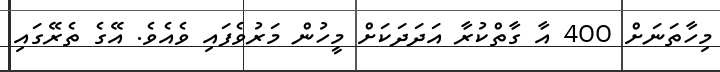
މިހާތަނަށް 400 އާ ގާތްކުރާ އަދަދަކަށް މީހުން މަރުވެފައި ވެއެވެ. އޭގެ ތެރޭގައި